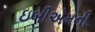
ઇબીએમની